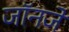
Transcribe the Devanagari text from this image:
जॉनजे